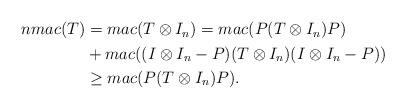
LaTeX: \begin{align*}\begin{aligned}nmac(T) &= mac(T \otimes I_n) = mac(P(T \otimes I_n)P) \\&+ mac((I \otimes I_n - P)(T \otimes I_n)(I \otimes I_n-P)) \\&\ge mac(P(T \otimes I_n)P).\end{aligned}\end{align*}